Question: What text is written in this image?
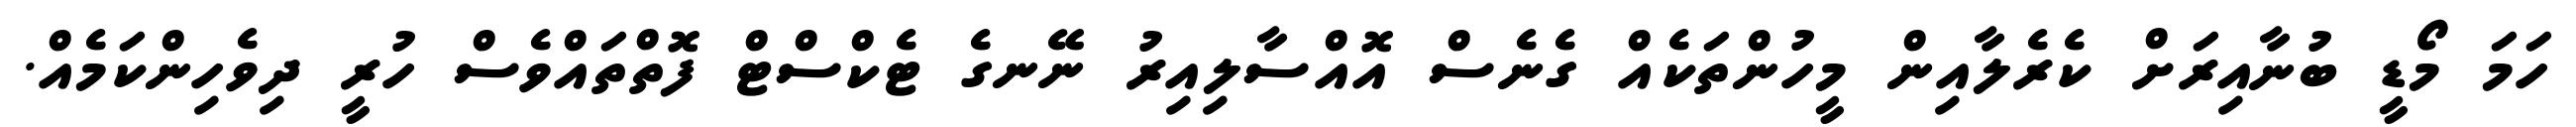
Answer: ހަމަ މޯޑީ ބުނާއިރަށް ކެރެލާއިން މީހުންތަކެއް ގެނެސް އޮއްސާލިއިރު ނޭނގެ ޓެކްސްޓް ފޮތްތައްވެސް ހުރީ ދިވެހިންކަމެއް.